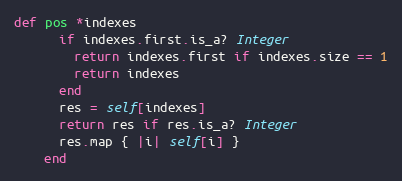
Language: Ruby
def pos *indexes
      if indexes.first.is_a? Integer
        return indexes.first if indexes.size == 1
        return indexes
      end
      res = self[indexes]
      return res if res.is_a? Integer
      res.map { |i| self[i] }
    end